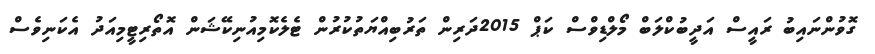
ގޮވުންނައިބު ރައީސް އަދީބުކްލަބް މޯލްޑިވްސް ކަޕް 2015ދަރިން ތަރުބިއްޔަތުކުރުން ޓެލެކޮމިއުނިކޭޝަން އޮތޯރިޓީމިއަދު އެކަނިވެސް